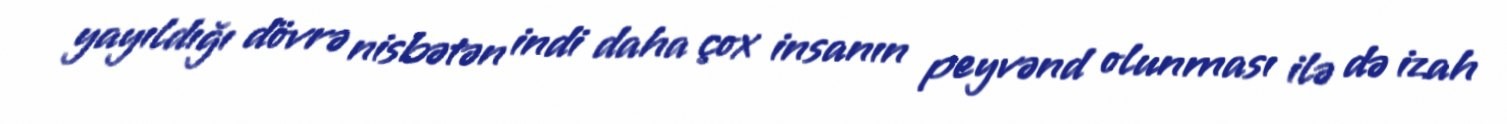
yayıldığı dövrə nisbətən indi daha çox insanın peyvənd olunması ilə də izah